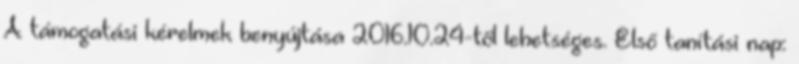
A támogatási kérelmek benyújtása 2016.10.24-től lehetséges. Első tanítási nap: